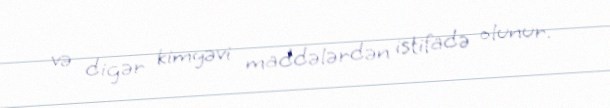
və digər kimyəvi maddələrdən istifadə olunur.